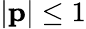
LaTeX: |\mathbf{p}|\leq 1